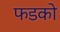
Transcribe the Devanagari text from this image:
फडको